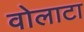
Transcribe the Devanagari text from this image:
वोलाटा